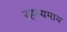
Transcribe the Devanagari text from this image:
रहस्यमाय